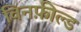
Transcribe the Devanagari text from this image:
विनफ़ील्ड